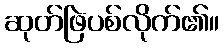
ဆုတ်ဖြဲပစ်လိုက်၏။